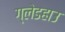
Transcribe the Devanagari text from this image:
ग्लेडहाउ